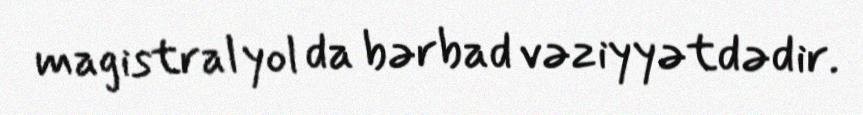
magistral yol da bərbad vəziyyətdədir.